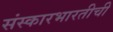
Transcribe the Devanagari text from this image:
संस्कारभारतीची